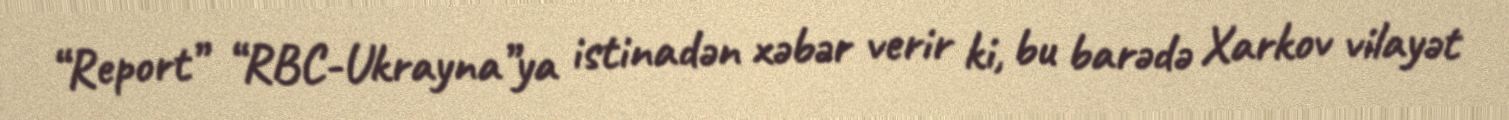
“Report” “RBC-Ukrayna”ya istinadən xəbər verir ki, bu barədə Xarkov vilayət